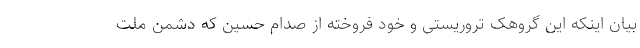
بیان اینکه این گروهک تروریستی و خود فروخته از صدام حسین که دشمن ملت